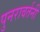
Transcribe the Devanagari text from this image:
पुनरावर्तनी